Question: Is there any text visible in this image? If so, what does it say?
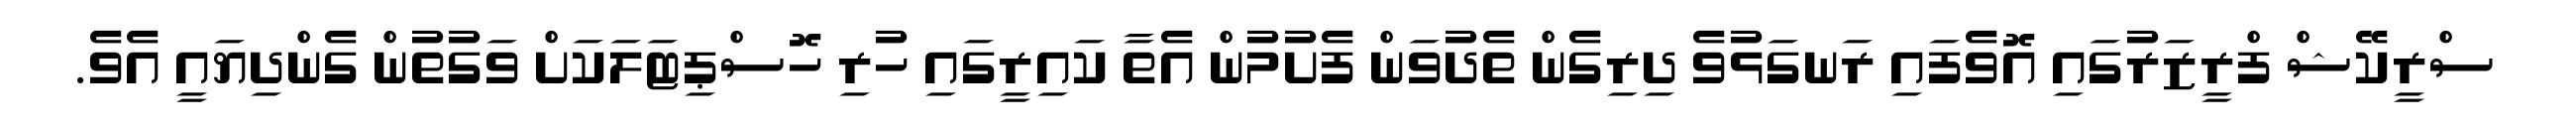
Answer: ސްރީކޭޝް ފްރީޒަރުގައި އޮވެފައި ރަނގަޅުވެ ދިރިގެން ތެދުވަން ފެށުމުން އެތާ ކައިރީގައި ހުރި ހޮސްޕިޓަލަކަށް ވަގުތުން ގެންދިޔައީ އެވެ.